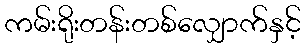
ကမ်းရိုးတန်းတစ်လျှောက်နှင့်